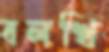
বলখি